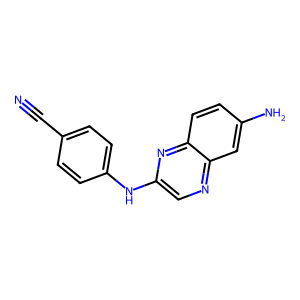
SMILES: N#Cc1ccc(Nc2cnc3cc(N)ccc3n2)cc1
Inhibits HIV replication: No